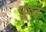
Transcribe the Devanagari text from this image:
फूट्